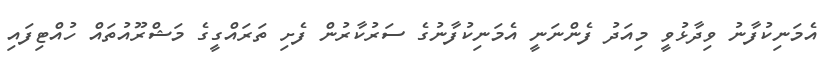
އެމަނިކުފާނު ވިދާޅުވީ މިއަދު ފެންނަނީ އެމަނިކުފާނުގެ ސަރުކާރުން ފެށި ތަރައްގީގެ މަޝްރޫއުތައް ހުއްޓިފައި